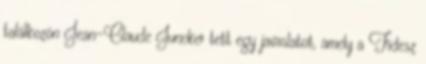
találkozón Jean-Claude Juncker tett egy javaslatot, amely a Fidesz